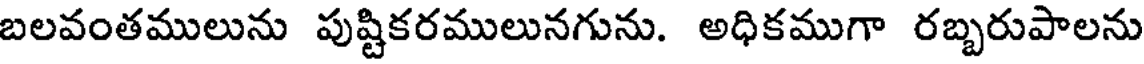
బలవంతములును పుష్టికరములునగును. అధికముగా రబ్బరుపాలను